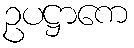
ဥပဋ္ဌာကေ